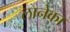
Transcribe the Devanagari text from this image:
लानेका